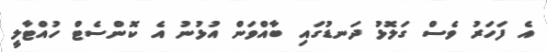
އެ ފަހަރު ވެސް ގަލޮޅު ދަނޑުގައި ބާއްވަން އުޅުނު އެ ކޮންސެޓް ހުއްޓާލީ